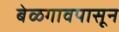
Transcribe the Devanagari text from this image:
बेळगावपासून